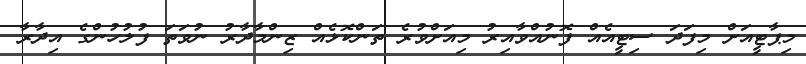
މިޕާޓީއަށް މިފަދަ ސިޓީއެއް ފޮނުއްވާއިރު މިއަށްވުރެ ތަންކޮޅެއް ޒިންމާދާރު ނުވަތަ ފުލުހުންގެ އިދާރާ